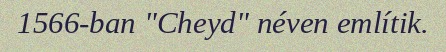
1566-ban "Cheyd" néven említik.